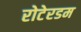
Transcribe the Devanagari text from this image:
रोटेरडम